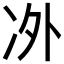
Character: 𱐂